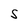
Character: S